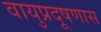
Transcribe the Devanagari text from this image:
वायुप्रदूषणास